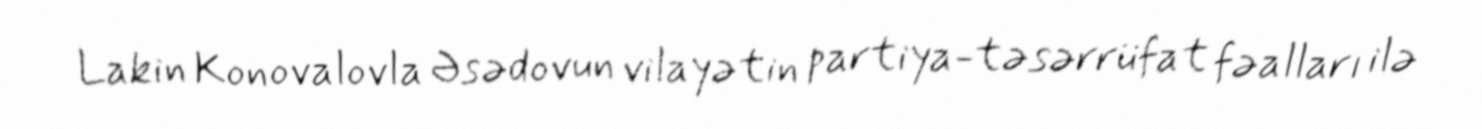
Lakin Konovalovla Əsədovun vilayətin partiya-təsərrüfat fəalları ilə